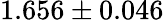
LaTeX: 1.656\pm 0.046